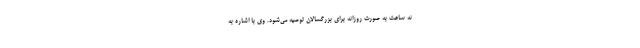
نه ساعت به صورت روزانه برای بزرگسالان توصیه می‌شود. وی با اشاره به